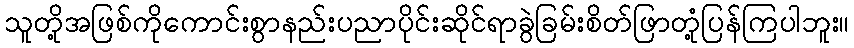
သူတို့အဖြစ်ကိုကောင်းစွာနည်းပညာပိုင်းဆိုင်ရာခွဲခြမ်းစိတ်ဖြာတုံ့ပြန်ကြပါဘူး။